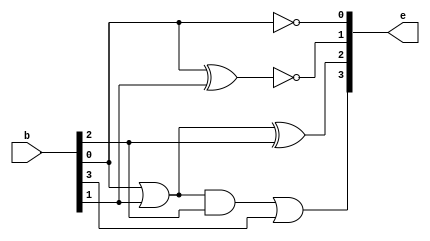
module BCD_to_Excess3(e, b);
	input [3:0] b;
	output [3:0] e;
	wire w1, w2; 			// w1=b[0]|b[1], w2=w1&b[2];

	not(e[0], b[0]); 		// e[0] bit (LSB)
	xnor(e[1], b[0], b[1]); // e[1] bit
	or(w1, b[0], b[1]);
	xor(e[2], w1, b[2]); 	// e[2] bit
	and(w2, w1, b[2]);
	or(e[3], w2, b[3]);		// e[3] bit (MSB)
endmodule

module BCD_to_Excess3_tb;
	reg [3:0] BCD;
	wire [3:0] Excess3;

	BCD_to_Excess3 excess3(.e(Excess3), .b(BCD));

	initial begin
		BCD = 4'b0000; #50;
		BCD = 4'b0001; #50;
		BCD = 4'b0010; #50;
		BCD = 4'b0011; #50;
		BCD = 4'b0100; #50;
		BCD = 4'b0101; #50;
		BCD = 4'b0110; #50;
		BCD = 4'b0111; #50;
		BCD = 4'b1000; #50;
		BCD = 4'b1001; #50;
		// input 4'b1010 to 4'b1111 were ignored
	end
endmodule